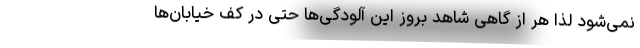
نمی‌شود لذا هر از گاهی شاهد بروز این آلودگی‌ها حتی در کف خیابان‌ها